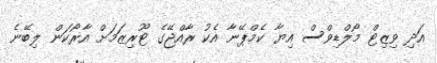
އަދި ވިޒިޓް މޯލްޑިވްސް އިޔާ ކެމްޕޭނާ އެކު ރާއްޖޭގެ ޓޫރިޒަމަށް އާރޯކަން ލިބޭނެ